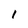
Character: 1